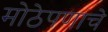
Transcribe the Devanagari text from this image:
मोठेपणाचे